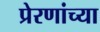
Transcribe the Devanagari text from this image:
प्रेरणांच्या